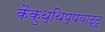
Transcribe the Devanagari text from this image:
कैकुथ्थिप्पयाट्टू